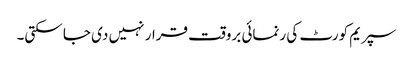
سپریم کورٹ کی رنمائی بروقت قرار نہیں دی جا سکتی۔